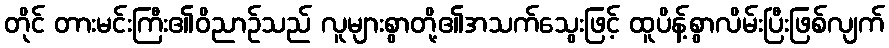
တိုင် တားမင်းကြီး၏ဝိညာဉ်သည် လူများစွာတို့၏အသက်သွေးဖြင့် ထူပိန့်စွာလိမ်းပြီးဖြစ်လျက်